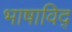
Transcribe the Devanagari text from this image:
भाषाविद्‍